NAE_kihelkonnakohtute_kirjad_ja_protokollid_1869-1889, lk 3
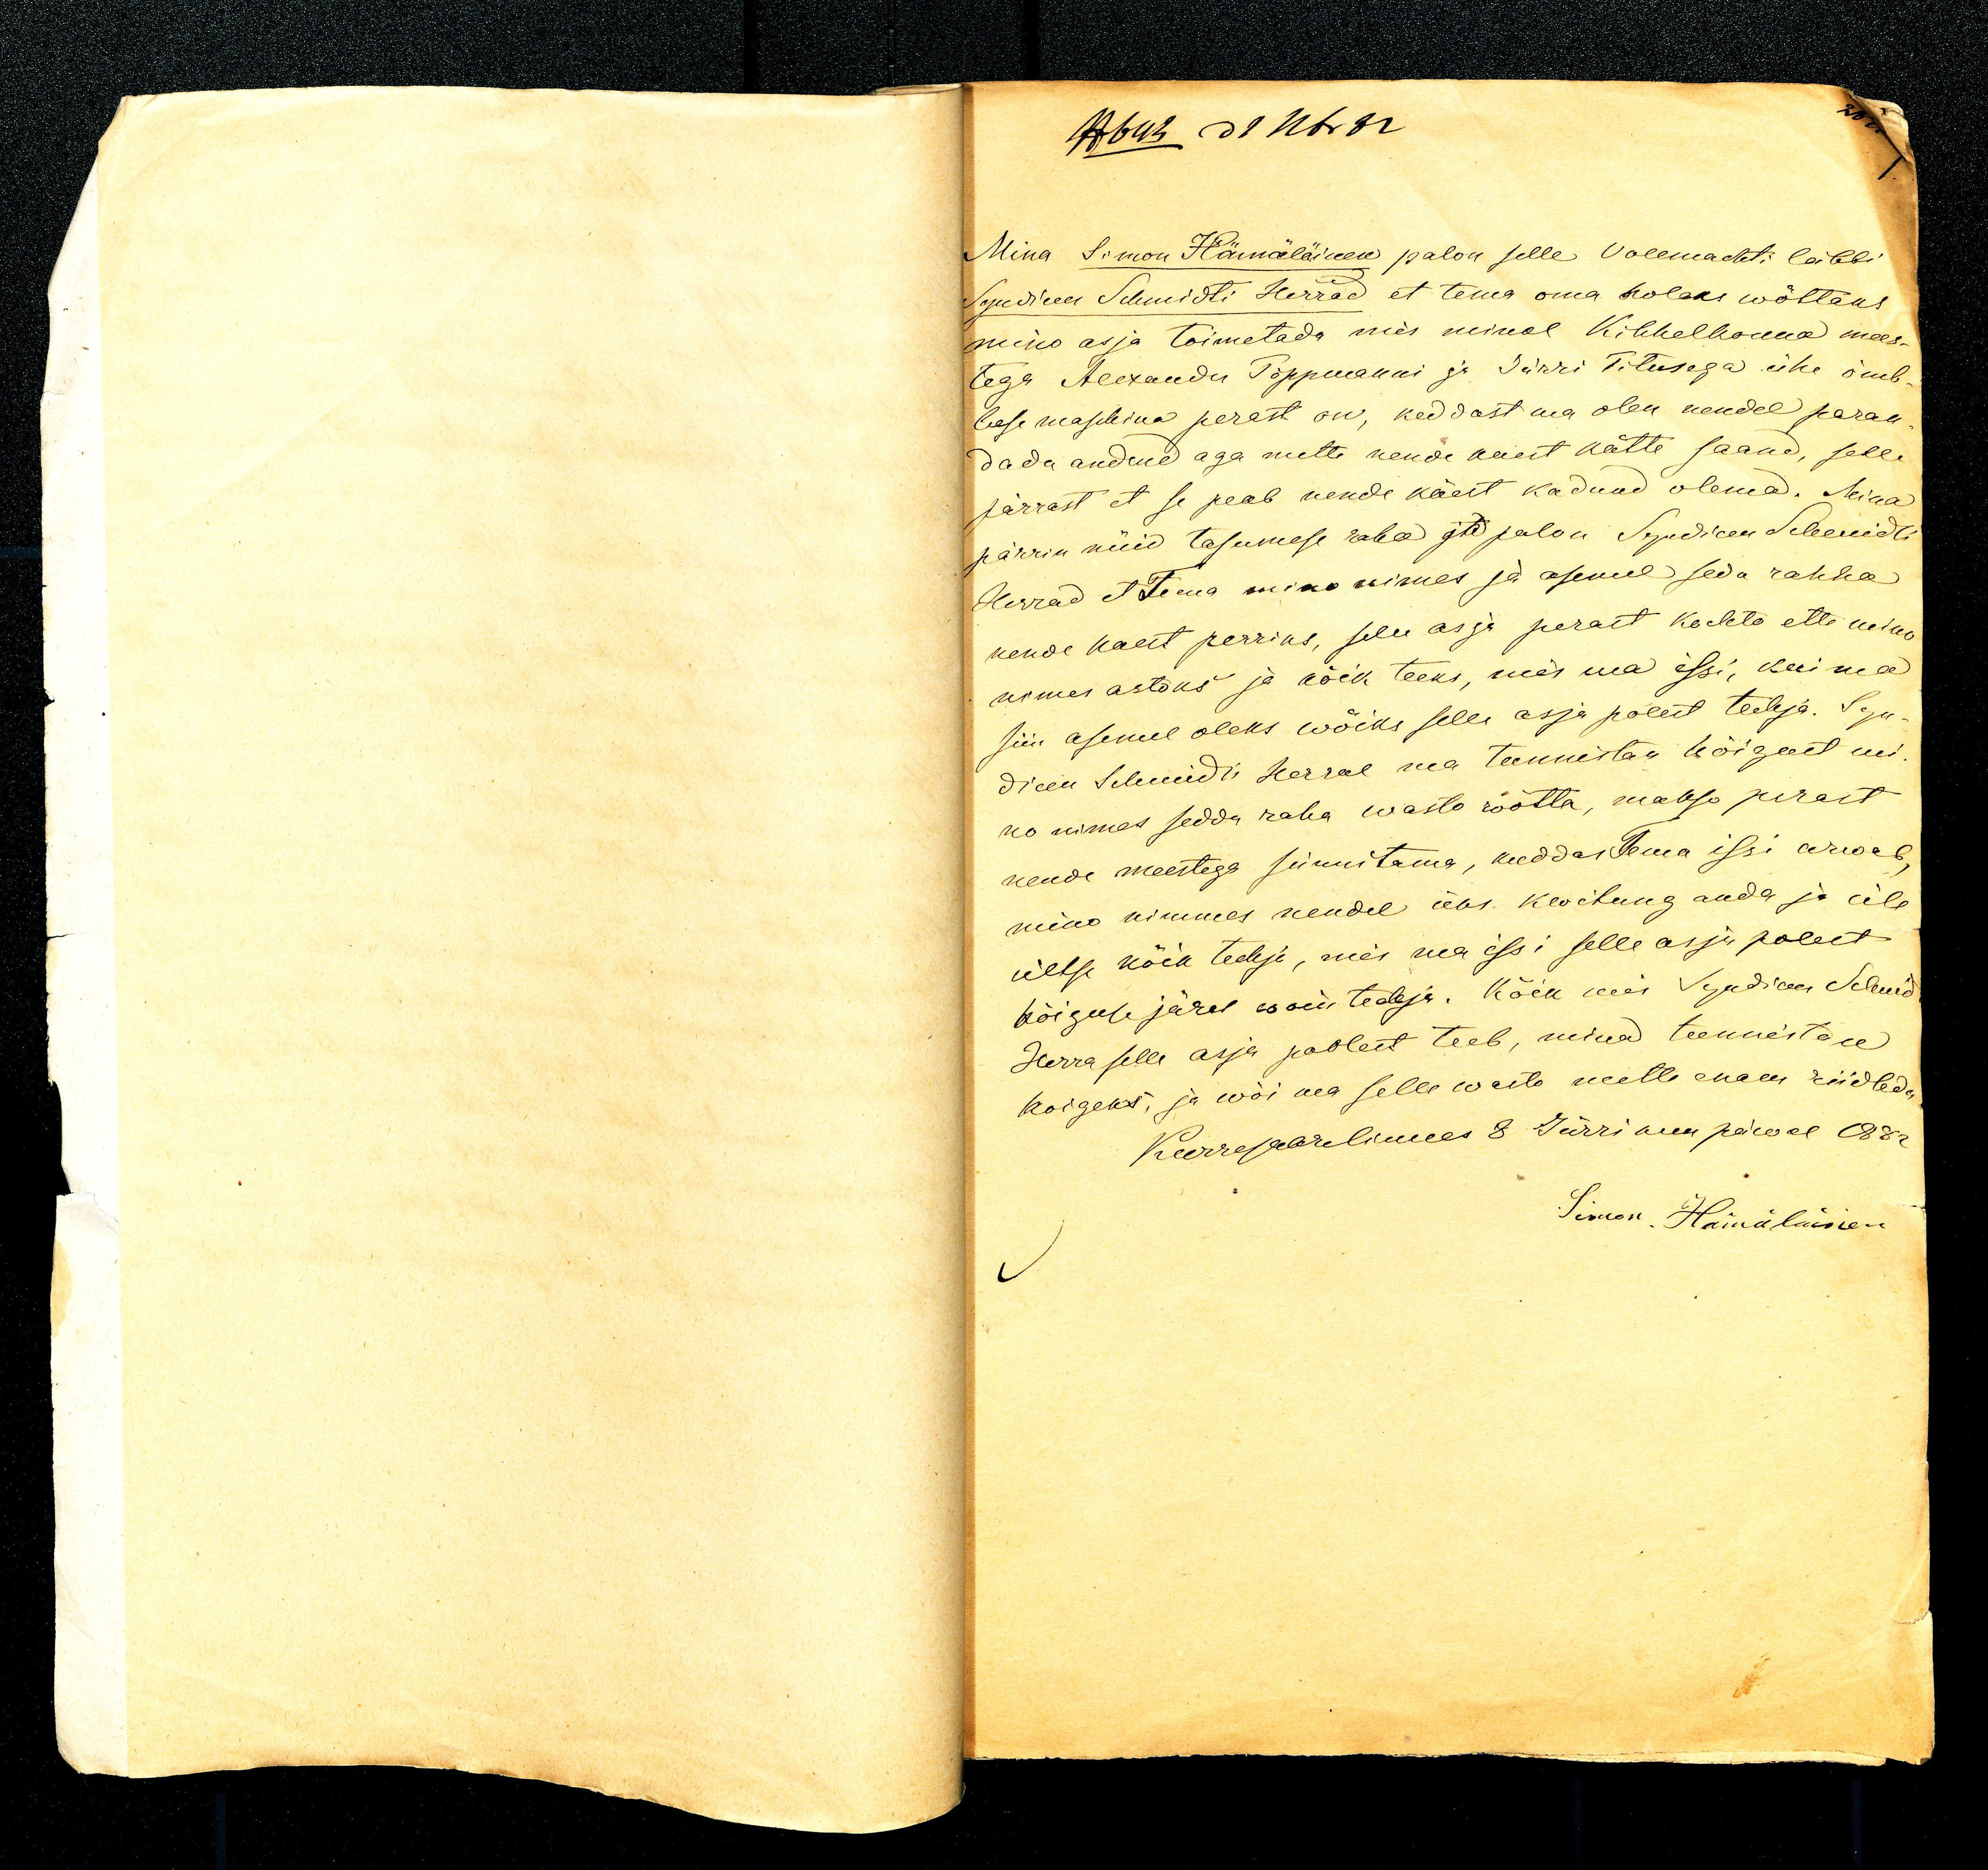
Mina Simon Hämäläinen palon selle vollmakti läbbi
Syndicus Schmidti herrad et tema oma holeks wõttaks
mino asja toimetada mis minol Kihhelkonna mees-
tega Alexander Tõppmanni ja Jürri Titusega ühe õmb-
luse maschina perest on, keddast ma olen nendel paran-
dada andnud aga mitte nende käest kätte saand, selle
pärrast et se peab nende käest kadunud olema. Mina
pärrin nüid tasumese raha ja palon Syndicus Schmidti
Herrad et tema mino nimes ja asemel seda rahha
nende kaest perrius, selle asja perast Kochto ette mino
asemes astoks ja kõik teeks, mis ma issi, kui ma
siin asemel oleks wõiks selle asja polest techja. Syn-
dicus Schmidti herral ma tunnistan kõigelt mi-
no nimes sedda raha wasto wõtta, makso perast
nende meestega sünnitama, keddas tema issi arwab,
mino nimmes nendel üks kwitung anda ja üle
ültse kõik techja, mis ma issi selle assi polest
kõigel järel wõin techja. Kõik mis Syndicus Schmidt
herra selle asja polest teeb, mina tunnistan
koigeks, ja wõi ma selle wasto mette enam riidleda
Kurresaare linnas 8 Jürrikuu päwal 1882
Simon Hämäläinen